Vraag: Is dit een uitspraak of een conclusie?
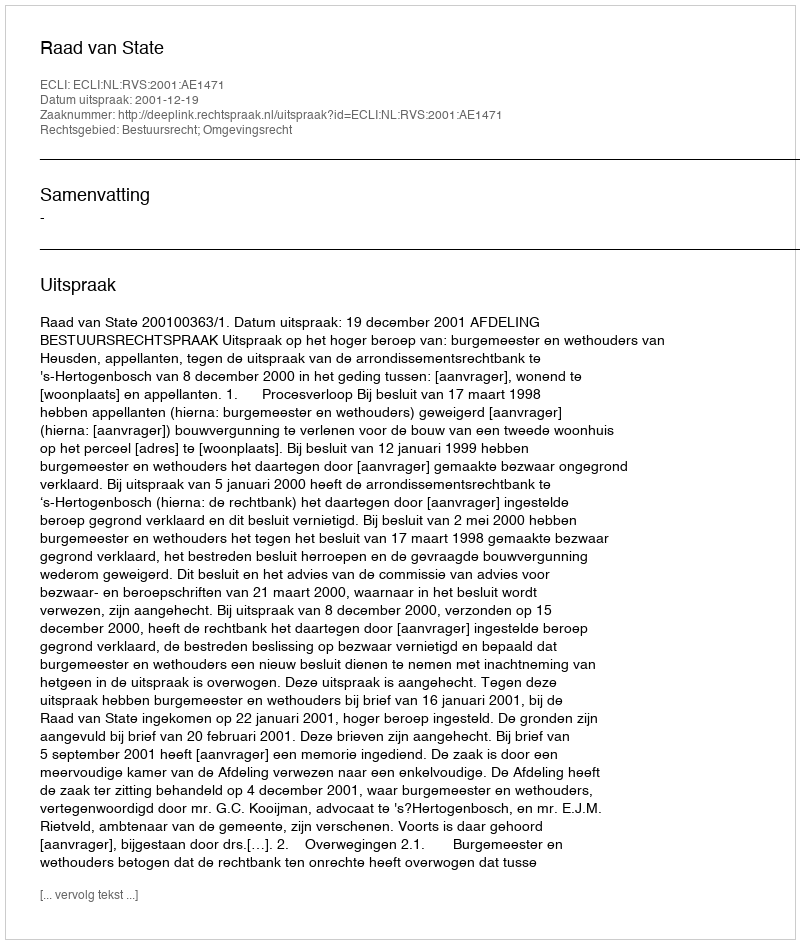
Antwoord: Uitspraak